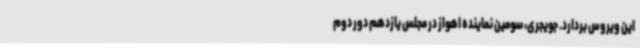
این ویروس بردارد. جویجری، سومین نماینده اهواز در مجلس یازدهم دور دوم